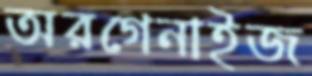
অরগেনাইজ